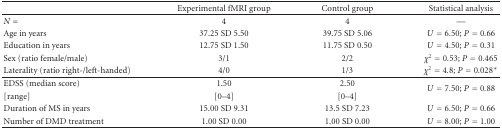
<table><thead><tr><td><b> </b></td><td><b>Experimental fMRI group</b></td><td><b>Control group</b></td><td><b>Statistical analysis</b></td></tr></thead><tbody><tr><td><i>N</i> =</td><td>4</td><td>4</td><td>—</td></tr><tr><td>Age in years </td><td>37.25 SD 5.50</td><td>39.75 SD 5.06</td><td><i>U</i> = 6.50; <i>P</i> = 0.66</td></tr><tr><td>Education in years </td><td>12.75 SD 1.50</td><td>11.75 SD 0.50</td><td><i>U</i> = 4.50; <i>P</i> = 0.31</td></tr><tr><td>Sex (ratio female/male)</td><td>3/1</td><td>2/2</td><td><i>χ</i><sup>2</sup> = 0.53; <i>P</i> = 0.465</td></tr><tr><td>Laterality (ratio right-/left-handed)</td><td>4/0</td><td>1/3</td><td><i>χ</i><sup>2</sup> = 4.8; <i>P</i> = 0.028*</td></tr><tr><td>EDSS (median score)</td><td>1.50</td><td>2.50</td><td rowspan="2"><i>U</i> = 7.50; <i>P</i> = 0.88</td></tr><tr><td>[range]</td><td>[0–4]</td><td>[0–4]</td></tr><tr><td>Duration of MS in years </td><td>15.00 SD 9.31</td><td>13.5 SD 7.23</td><td><i>U</i> = 6.50; <i>P</i> = 0.66</td></tr><tr><td>Number of DMD treatment</td><td>1.00 SD 0.00</td><td>1.00 SD 0.00</td><td><i>U</i> = 8.00; <i>P</i> = 1.00</td></tr></tbody></table>